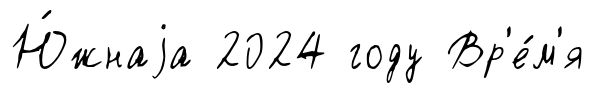
Ю́жнаjа 2024 году Вр'е́м'я